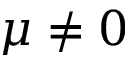
\mu \neq 0